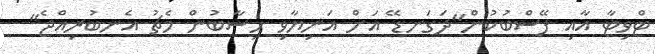
ޓްވިޓާ އާއި ފޭސްބުކުން"ދަގަނޑޭ އަށް އަނިޔާވި ހިސާބުން މެޗު އެނބުރިއްޖެ"